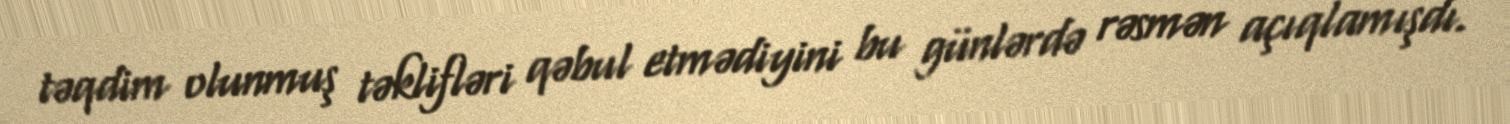
təqdim olunmuş təklifləri qəbul etmədiyini bu günlərdə rəsmən açıqlamışdı.